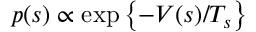
p ( s ) \propto \exp \left\{ - V ( s ) / T _ { s } \right\}